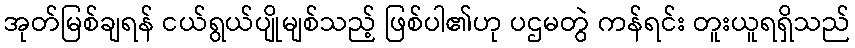
အုတ်မြစ်ချရန် ငယ်ရွယ်ပျိုမျစ်သည့် ဖြစ်ပါ၏ဟု ပဌမတွဲ ကန်ရင်း တူးယူရရှိသည်